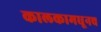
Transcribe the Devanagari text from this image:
कालकामधूनच